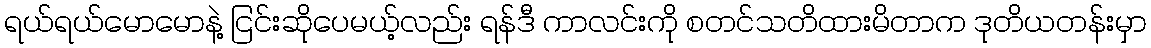
ရယ်ရယ်မောမောနဲ့ ငြင်းဆိုပေမယ့်လည်း ရန်ဒီ ကာလင်းကို စတင်သတိထားမိတာက ဒုတိယတန်းမှာ